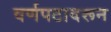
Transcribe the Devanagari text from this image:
वर्णपटावरून